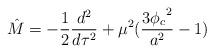
LaTeX: \begin{align*}\hat{M} = -\frac{1}{2} \frac{d^2}{d\tau^2} +\mu^2 (\frac{3{\phi_c}^2}{a^2} -1)\end{align*}